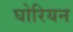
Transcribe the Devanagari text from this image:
घोरियन